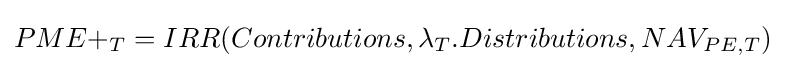
PME+_{T}=IRR(Contributions,\lambda _{T}.Distributions,NAV_{PE,T})